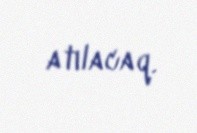
atılacaq.